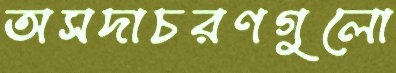
অসদাচরণগুলো